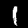
Digit: 1